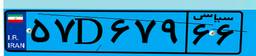
۵۷D۶۷۹۶۶